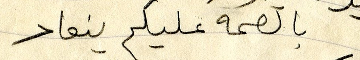
بالصحة عليكم ينعاد